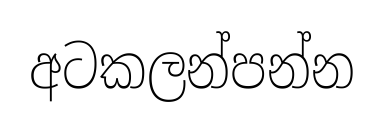
අටකලන්පන්න